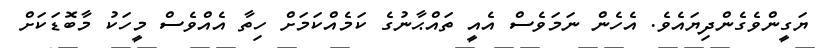
ޔަގީންވެގެންދިޔައެވެ. އެހެން ނަމަވެސް އެއީ ތައްޙާނުގެ ކަމެއްކަމަށް ހިތާ އެއްވެސް މީހަކު މާބޮޑަކަށް